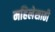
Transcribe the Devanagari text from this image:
महिलेसाठी